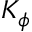
K _ { \phi }